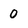
Character: 0